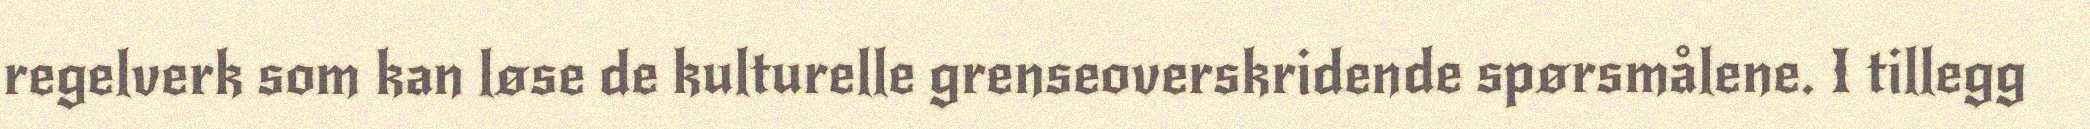
regelverk som kan løse de kulturelle grenseoverskridende spørsmålene. I tillegg